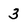
Character: 3